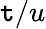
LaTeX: \mathtt{t}/u